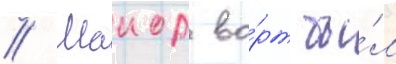
// Маиор во́рт бы́л